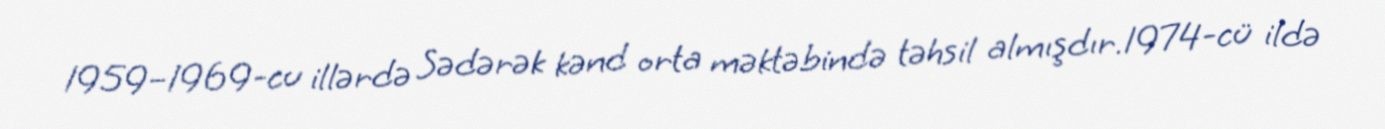
1959–1969-cu illərdə Sədərək kənd orta məktəbində təhsil almışdır.1974-cü ildə